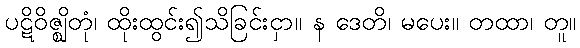
ပဋိဝိဇ္ဈိတုံ၊ ထိုးထွင်း၍သိခြင်းငှာ။ န ဒေတိ၊ မပေး။ တထာ၊ တူ။